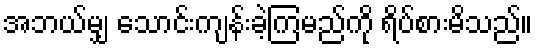
အဘယ်မျှ သောင်းကျန်းခဲ့ကြမည်ကို ရိပ်စားမိသည်။